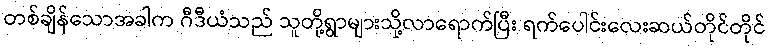
တစ်ချိန်သောအခါက ဂီဒီယံသည် သူတို့ရွာများသို့လာရောက်ပြီး ရက်ပေါင်းလေးဆယ်တိုင်တိုင်